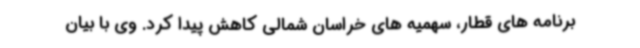
برنامه های قطار، سهمیه های خراسان شمالی کاهش پیدا کرد. وی با بیان